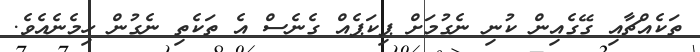
ތަކެއްޗާއި ގޭގެއިން ކުނި ނެގުމަށް ޕިކަޕެއް ގެނެސް އެ ތަކެތި ނެގުން ހިމެނެއެވެ.